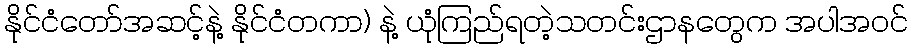
နိုင်ငံတော်အဆင့်နဲ့ နိုင်ငံတကာ) နဲ့ ယုံကြည်ရတဲ့သတင်းဌာနတွေက အပါအဝင်